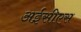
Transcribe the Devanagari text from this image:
अईसीएस